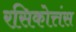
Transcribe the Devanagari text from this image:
रसिकोत्तंस